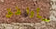
سأوافق